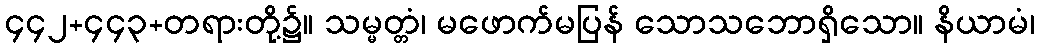
၄၄၂+၄၄၃+တရားတို့၌။ သမ္မတ္တံ၊ မဖောက်မပြန် သောသဘောရှိသော။ နိယာမံ၊